Vaccination in Bombay 1913-1923 - 1913-1923
Year: 1913
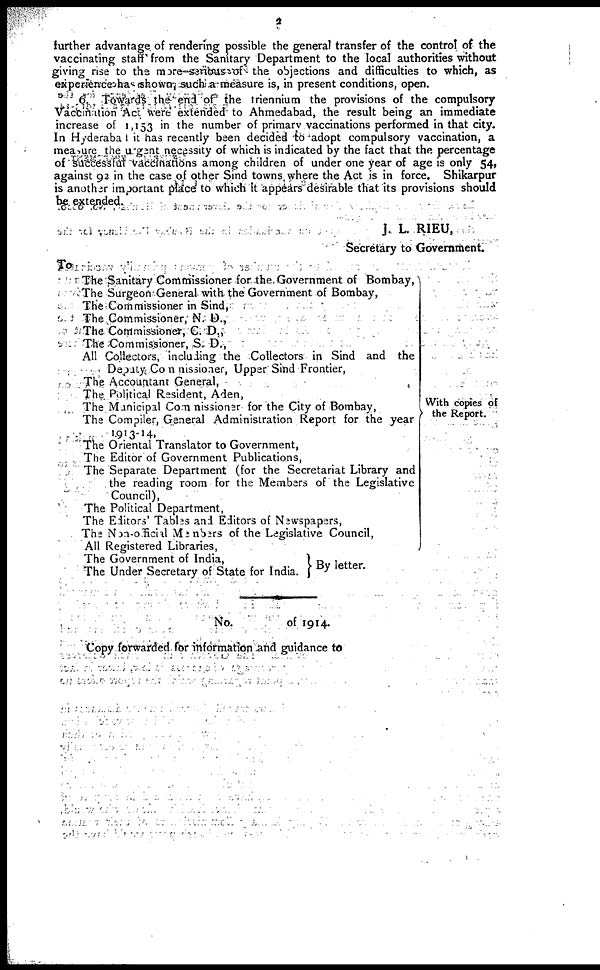
2
further advantage of rendering possible the general transfer of the control of the
vaccinating staff from the Sanitary Department to the local authorities without
giving rise to the more serious of the objections and difficulties to which, as
experience has shown such a measure is, in present conditions, open.
6. Towards the end of the triennium the provisions of the compulsory
Vaccination Act were extended to Ahmedabad, the result being an immediate
increase of 1,153 in the number of primary vaccinations performed in that city.
In Hyderabad it has recently been decided to adopt compulsory vaccination, a
measure the urgent necessity of which is indicated by the fact that the percentage
of successful vaccinations among children of under one year of age is only 54,
against 92 in the case of other Sind towns where the Act is in force. Shikarpur
is another important place to which it appears desirable that its provisions should
be extended.
J. L. RIEU,
Secretary to Government
To
The Sanitary Commissioner for the Government of Bombay,
The Surgeon General with the Government of Bombay,
The Commissioner in Sind,
The Commissioner, N. D.,
The Commissioner, C. D.,
The Commissioner, S. D.,
All Collectors, including the Collectors in Sind and the
Deputy Commissioner, Upper Sind Frontier,
The Accountant General,
The Political Resident, Aden,
The Municipal Commissioner for the City of Bombay,
The Compiler, General Administration Report for the year
1913-14.
The Oriental Translator to Government,
The Editor of Government Publications,
The Separate Department (for the Secretariat Library and
the reading room for the Members of the Legislative
Council),
The Political Department,
The Editors' Tables and Editors of Newspapers,
The Non-official Members of the Legislative Council,
All Registered Libraries,
The Government of India,
The Under Secretary of State for India.
With copies of
the Report.
By letter.
No.
of 1914.
Copy forwarded for information and guidance to